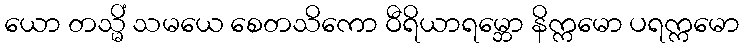
ယော တသ္မိံ သမယေ စေတသိကော ဝီရိယာရမ္ဘော နိက္ကမော ပရက္ကမော